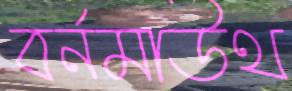
বর্নমাউথ